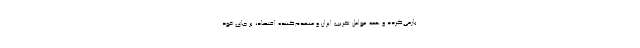
بازمی‌گردد و همه عوامل تخریب ایران و منهدم‌کننده اقتصاد، بر جای خود